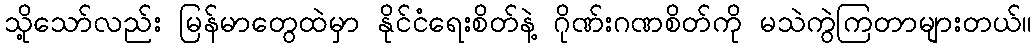
သို့သော်လည်း မြန်မာတွေထဲမှာ နိုင်ငံရေးစိတ်နဲ့ ဂိုဏ်းဂဏစိတ်ကို မသဲကွဲကြတာများတယ်။